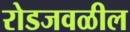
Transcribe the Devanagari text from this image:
रोडजवळील